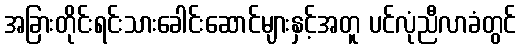
အခြားတိုင်းရင်းသားခေါင်းဆောင်များနှင့်အတူ ပင်လုံညီလာခံတွင်